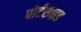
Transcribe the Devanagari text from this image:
पोर्टसाइड